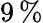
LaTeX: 9\, \%